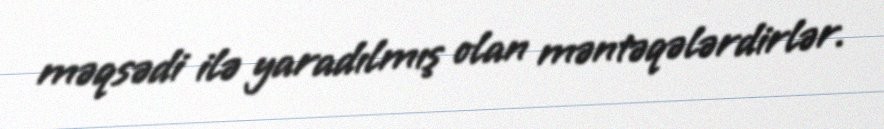
məqsədi ilə yaradılmış olan məntəqələrdirlər.